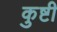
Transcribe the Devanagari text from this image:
कुष्टी